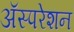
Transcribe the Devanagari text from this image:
अॅस्परेशन